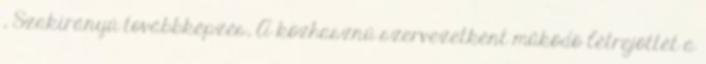
, Szakirányú továbbképzés, A közhasznú szervezetként mûködõ létrejöttét a